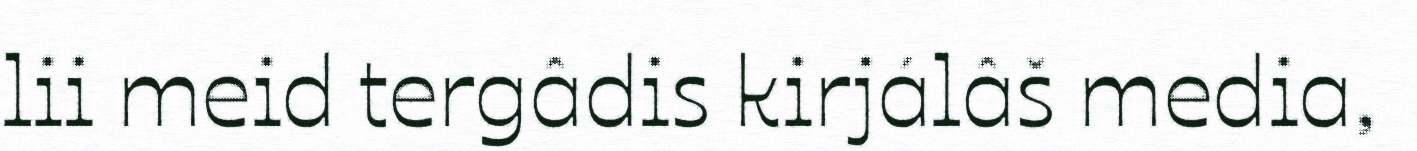
lii meid tergâdis kirjálâš media,